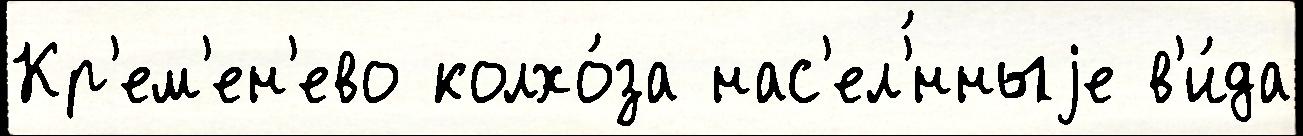
Кр'ем'ен'ево колхо́за нас'ел'́нныjе в'и́да